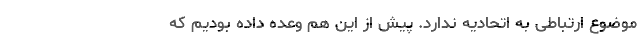
موضوع ارتباطی به اتحادیه ندارد. پیش از این هم وعده داده بودیم که